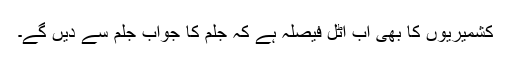
کشمیریوں کا بھی اب اٹل فیصلہ ہے کہ جلم کا جواب جلم سے دیں گے۔